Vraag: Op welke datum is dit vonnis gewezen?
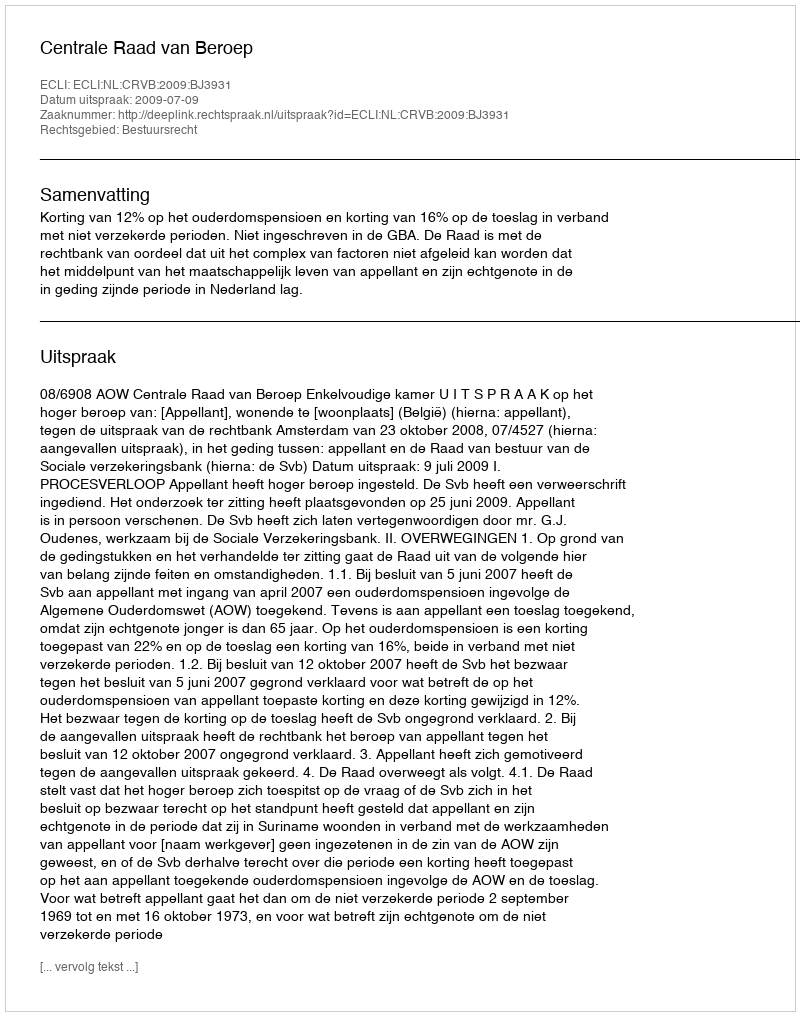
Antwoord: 2009-07-09